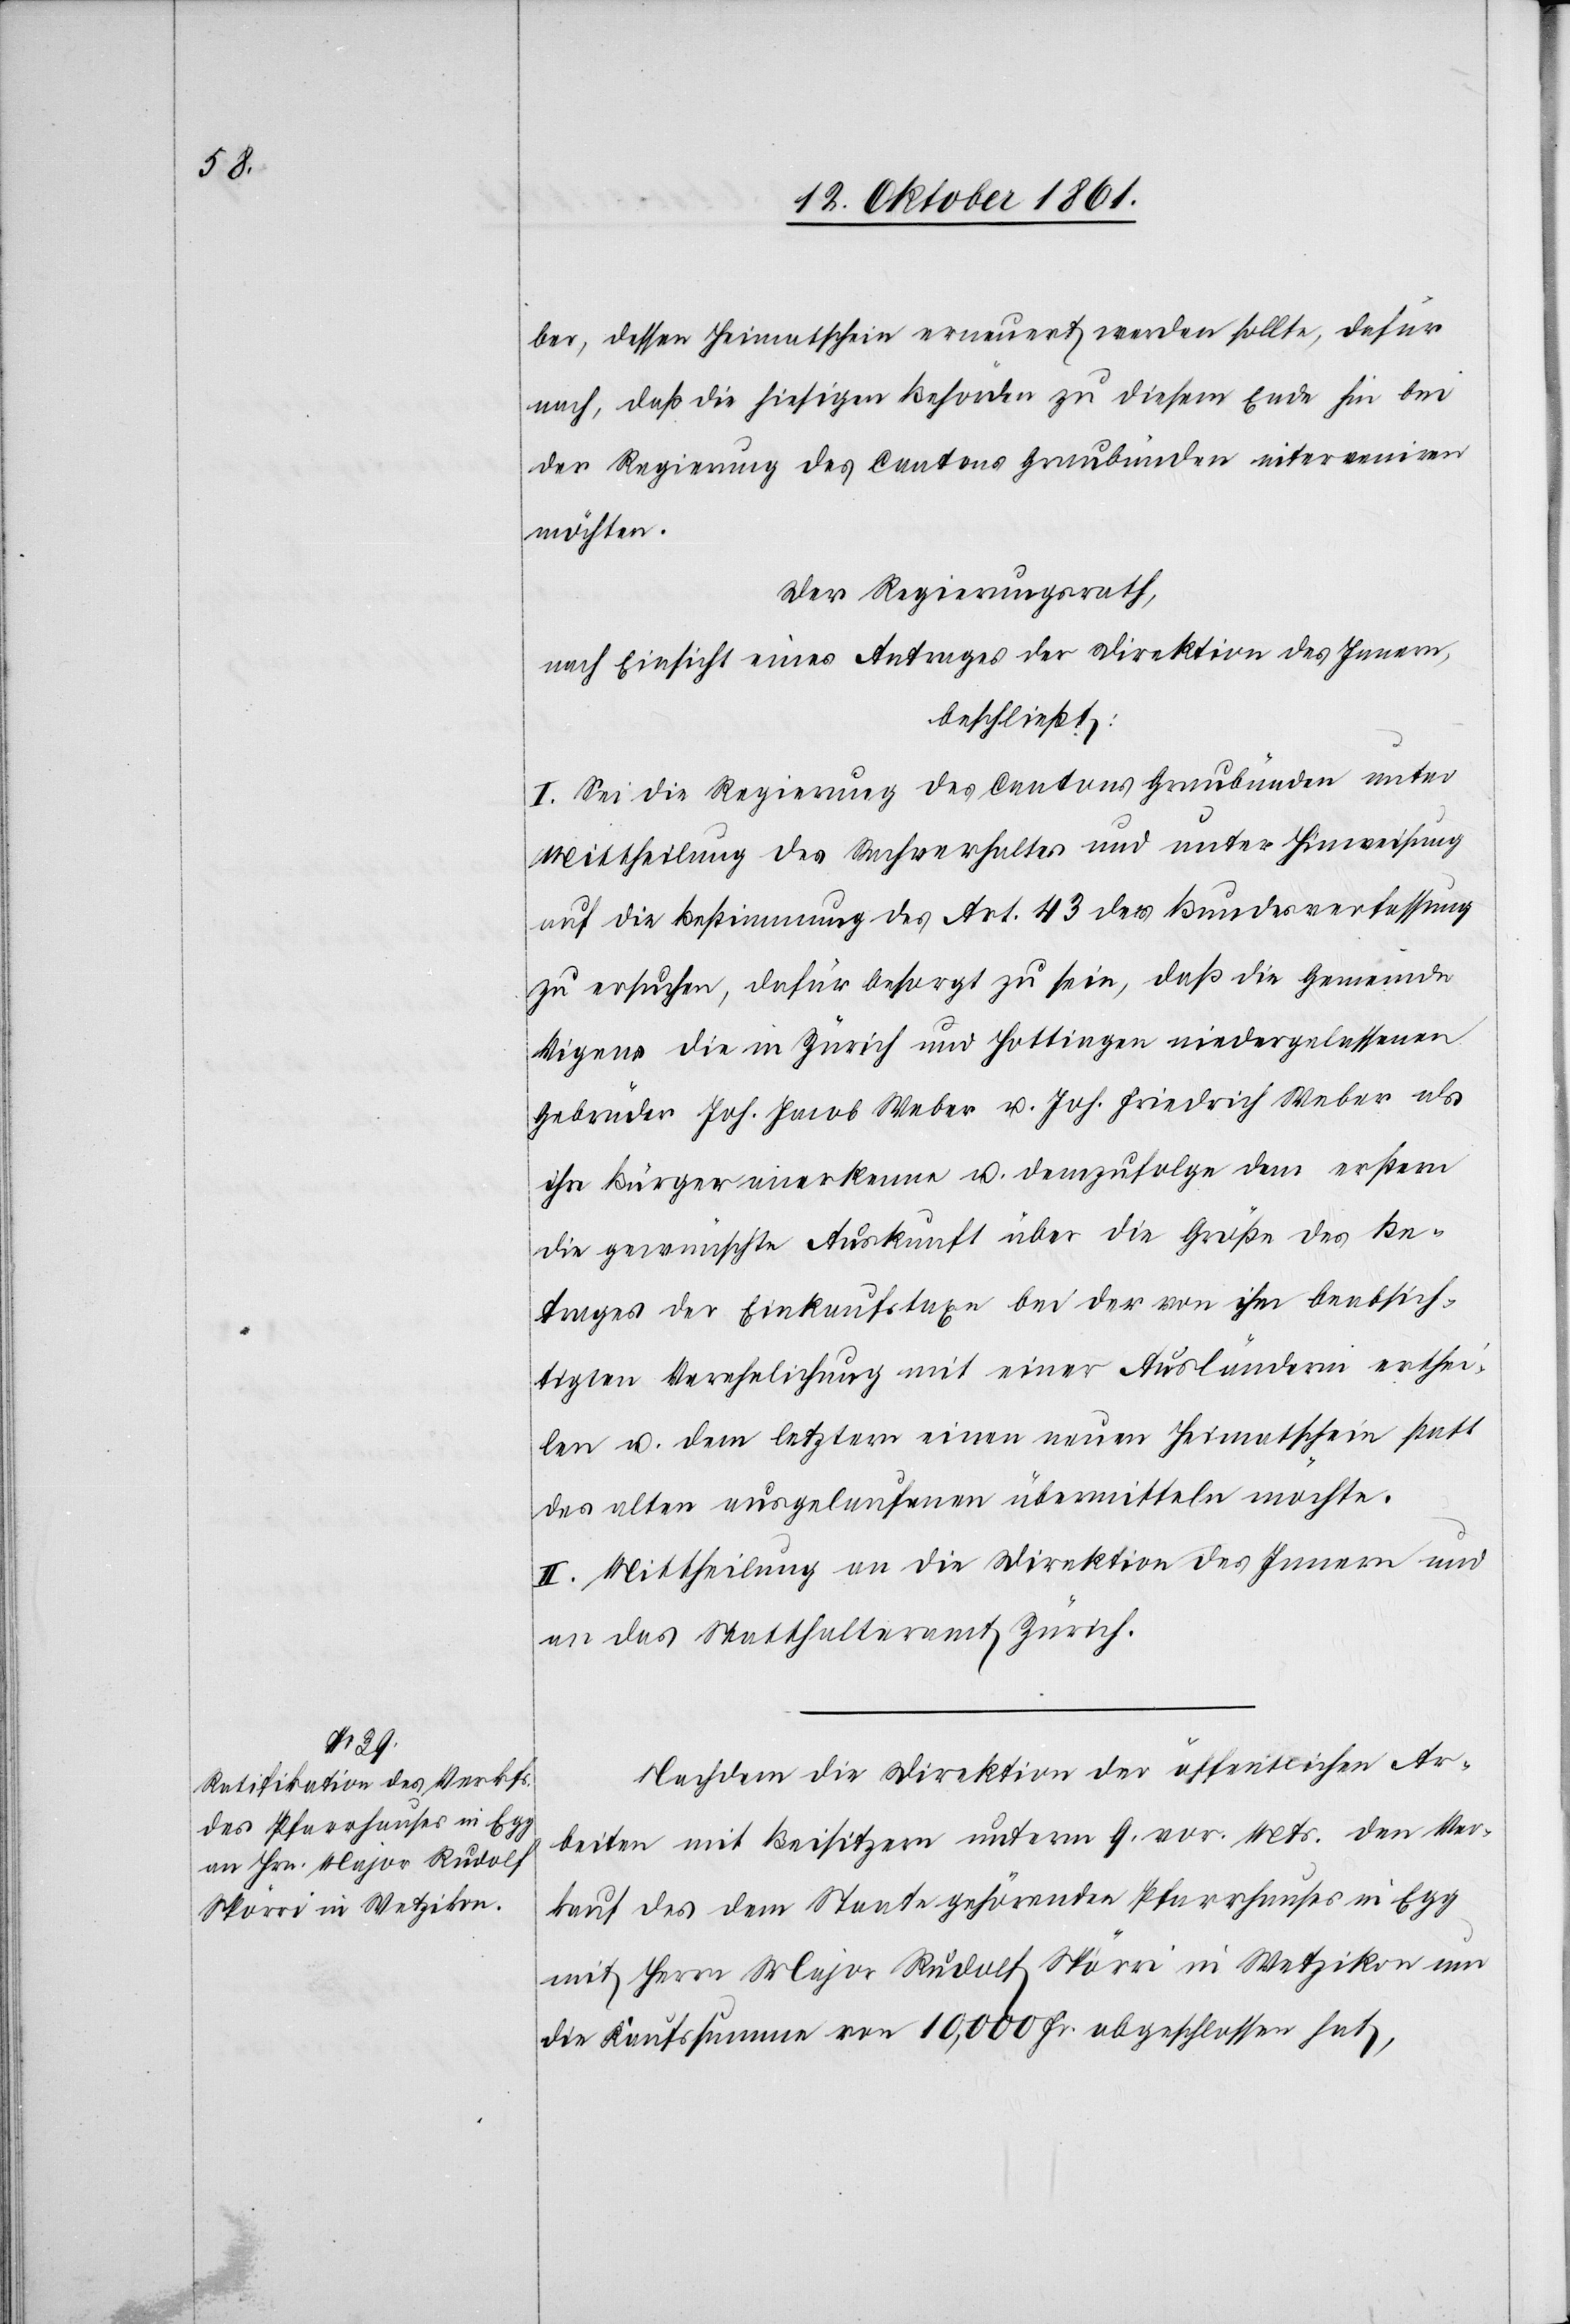
ber, dessen Heimatschein erneuert werden sollte, dafür
nach, daß die hiesigen Behörden zu diesem Ende hin bei
der Regierung des Cantons Graubünden interveniren
möchten.
Der Regierungsrath,
nach Einsicht eines Antrages der Direktion des Innern,
beschließt:
I. Sei die Regierung des Cantons Graubünden unter
Mittheilung des Sachverhaltes und unter Hinweisung
auf die Bestimmung des Art. 43 der Bundesverfassung
zu ersuchen, dafür besorgt zu sein, daß die Gemeinde
Vigens die in Zürich und Hottingen niedergelassenen
Gebrüder Joh. Jacob Weber u. Joh. Friedrich Weber als
ihre Bürger anerkenne u. demzufolge dem erstern
die gewünschte Auskunft über die Größe des Be¬
trages der Einkaufstaxe bei der von ihm beabsich¬
tigten Verehelichung mit einer Ausländerin erthei¬
len u. dem letztern einen neuen Heimatschein statt
des alten ausgelaufenen übermitteln möchte.
II. Mittheilung an die Direktion des Innern und
an das Statthalteramt Zürich.
Nachdem die Direktion der öffentlichen Ar¬
beiten mit Beisitzern unterm 9 vor. Mts. den Ver¬
kauf des dem Staate gehörenden Pfarrhauses in Egg
mit Herrn Major Rudolf Spörri in Wetzikon um
die Kaufssumme von 10,000 fr. abgeschlossen hat,